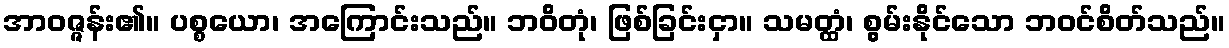
အာဝဇ္ဇန်း၏။ ပစ္စယော၊ အကြောင်းသည်။ ဘဝိတုံ၊ ဖြစ်ခြင်းငှာ။ သမတ္ထံ၊ စွမ်းနိုင်သော ဘဝင်စိတ်သည်။